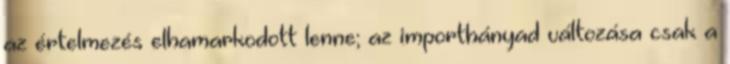
az értelmezés elhamarkodott lenne; az importhányad változása csak a